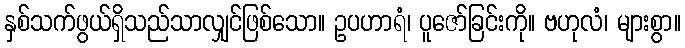
နှစ်သက်ဖွယ်ရှိသည်သာလျှင်ဖြစ်သော။ ဥပဟာရံ၊ ပူဇော်ခြင်းကို။ ဗဟုလံ၊ များစွာ။